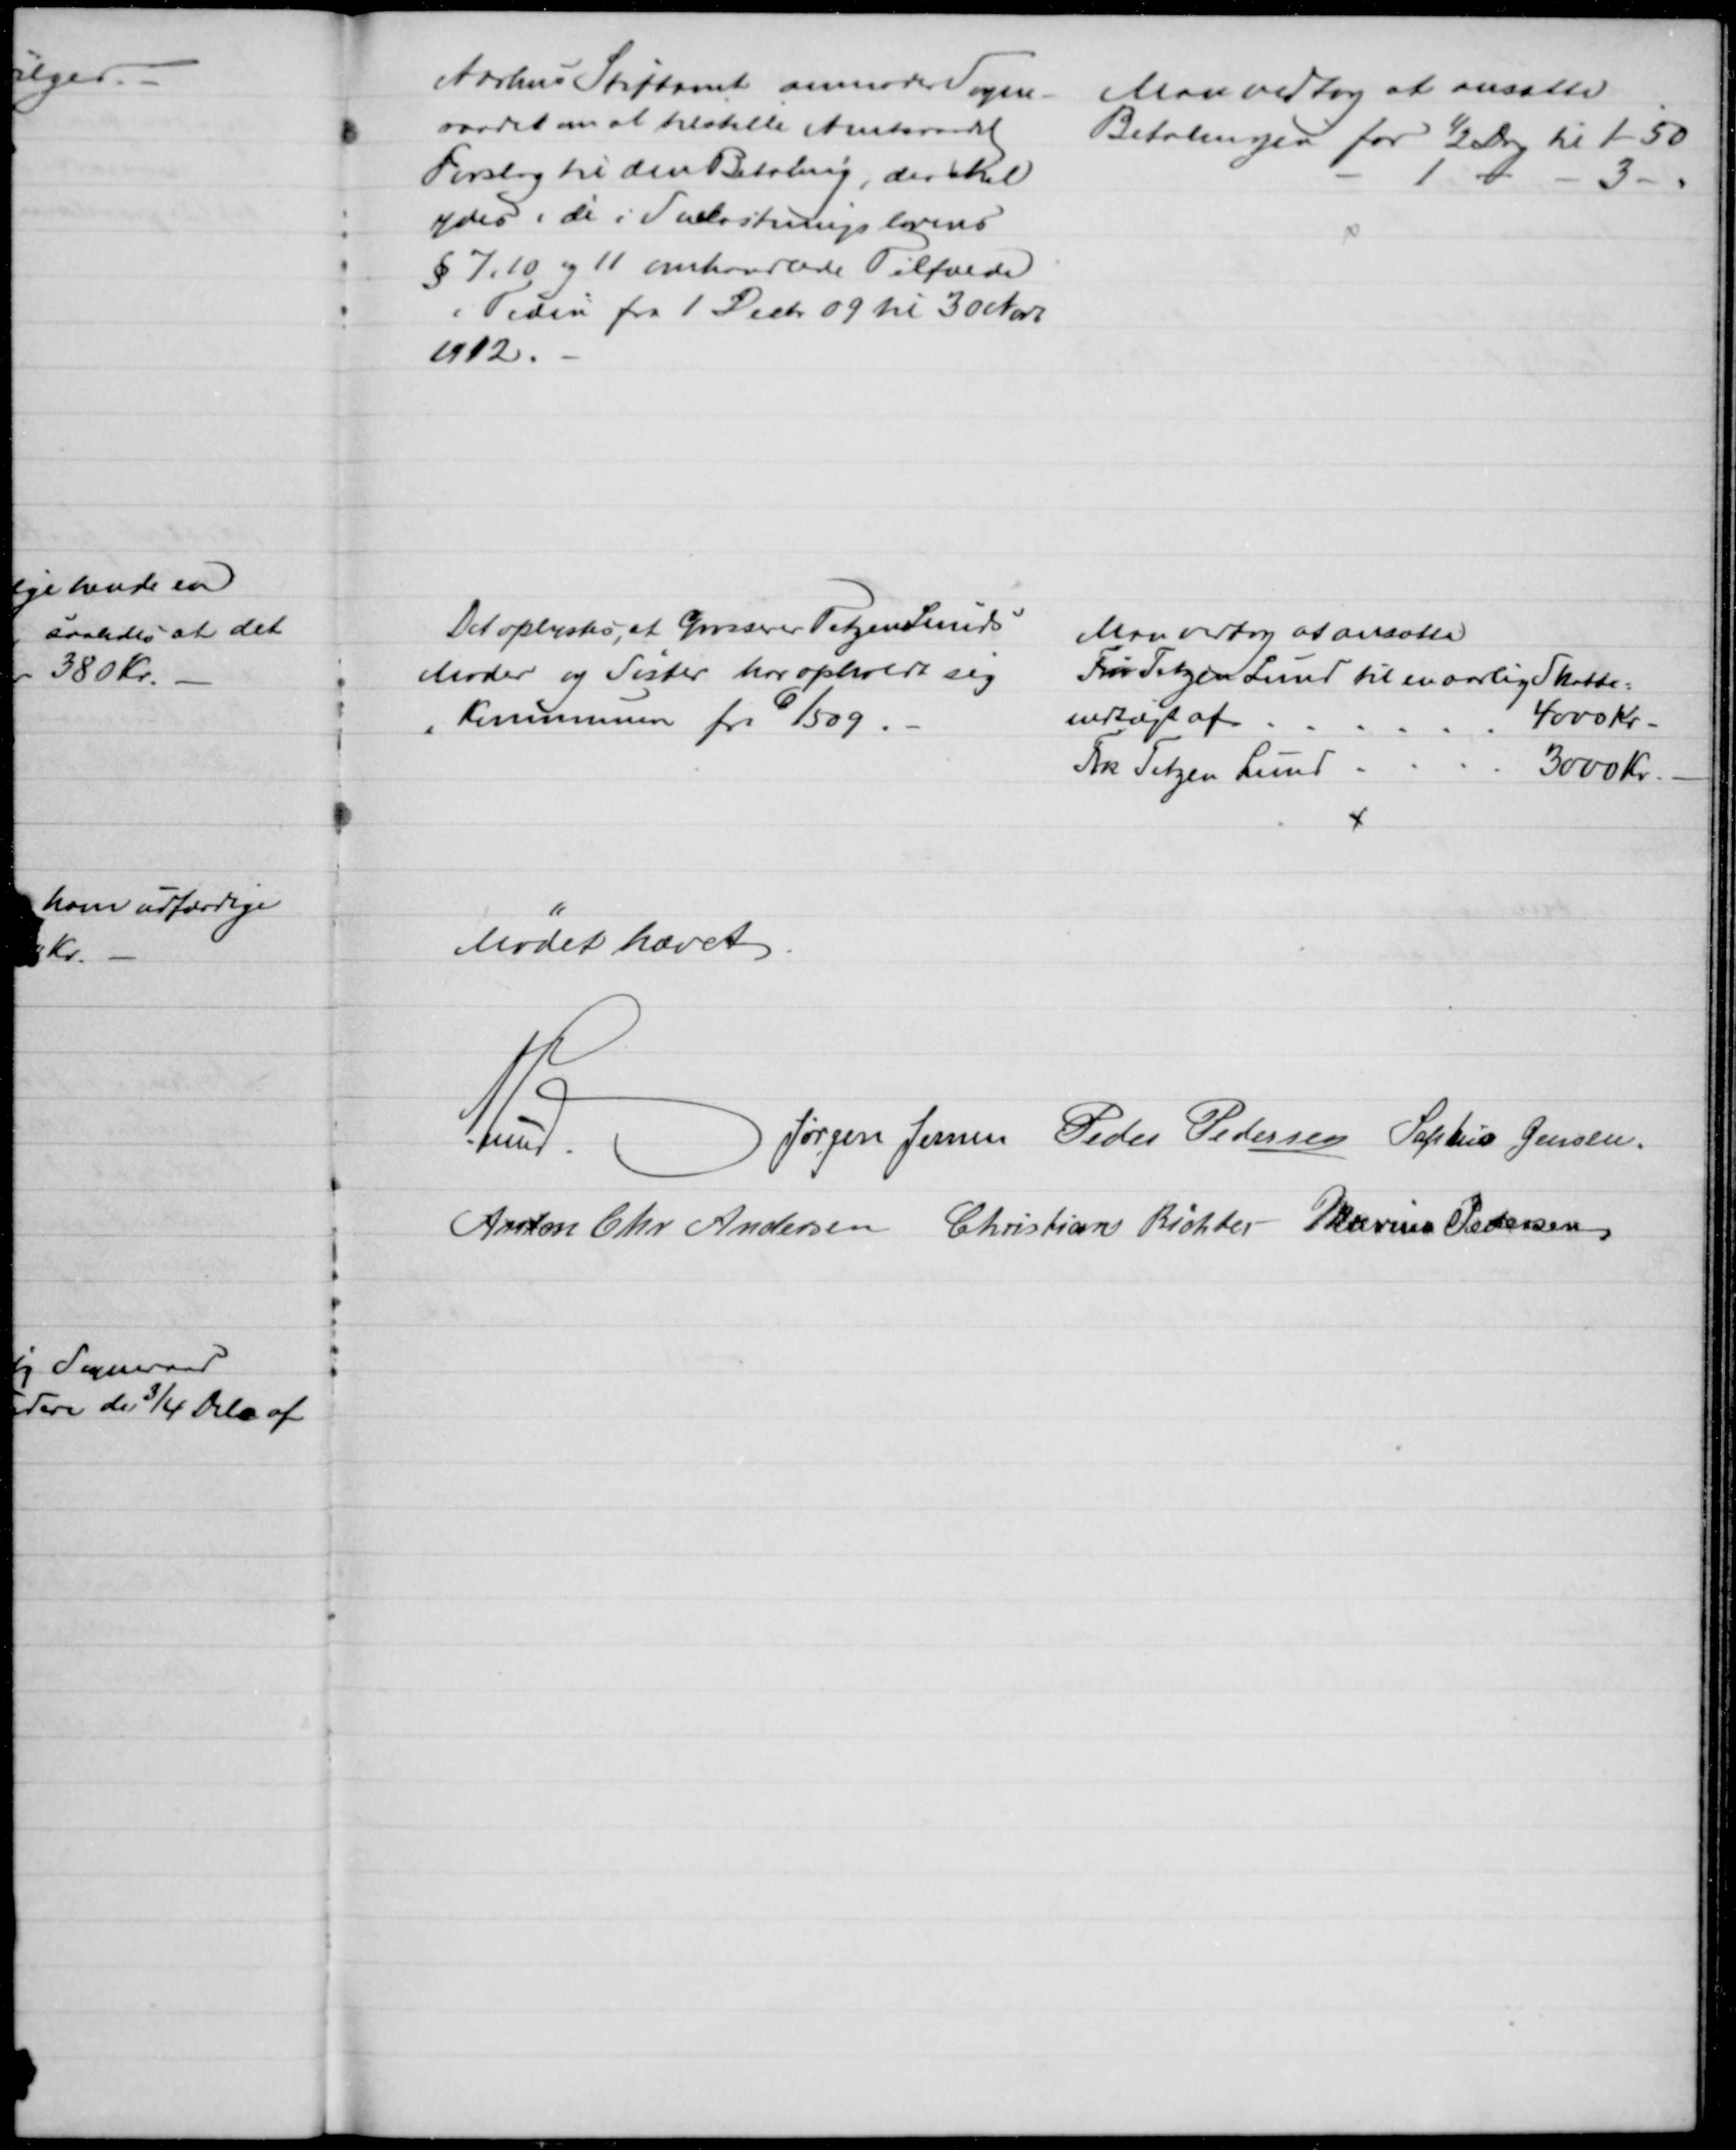
Transskription:
Aarhus Stiftamt anmoder Sogne-
raadet om at tilstille Amtsraadet
Forslag til den Betaling, der skal
ydes i de i Snekastningslovens
§ 7.10 og 11 omhandlende Tilfælde
i Tiden fra 1 Decbr 09 til 30 Nobr
1912.
Man vedtog at ansætte
Betalingen for ½ Dag til 1-50
1
3
Det oplystes, at Grosserer TetzenLunds
Moder og Søster har opholdt sig 
i Kommunen fra 6/5 09.
Man vedtog at ansætte
Fru Tetzen Lund til en aarlig Skatte=
indtægt af
4000 kr.
Frk Tetzen Lund
3000 Kr.
Mødet hævet.
A. Lund.
Jørgen Jensen Peder Pedersen Sophus Jensen.
Anton Chr. Andersen Christian Richter Marius Pedersen